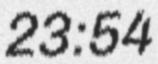
23:54